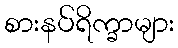
စားနပ်ရိက္ခာများ